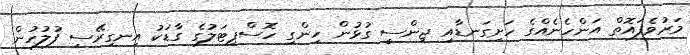
މަރުވެފައޮތް އަންހެނެއްގެ ހަށިގަނޑާއި ޖިންސީ ގުޅުން ހިންގި ހޮސްޕިޓަލުގެ ގާޑަކު އިނގިރޭސި ފުލުހުން